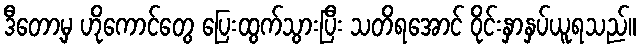
ဒီတော့မှ ဟိုကောင်တွေ ပြေးထွက်သွားပြီး သတိရအောင် ဝိုင်းနှာနှပ်ယူရသည်။